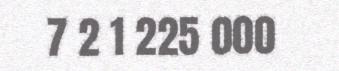
7 2 1 225 000